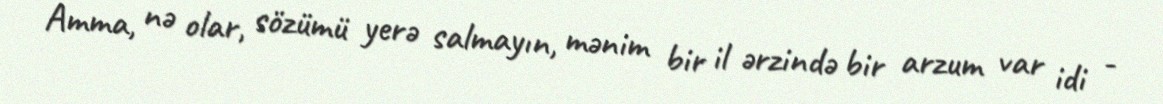
Amma, nə olar, sözümü yerə salmayın, mənim bir il ərzində bir arzum var idi -